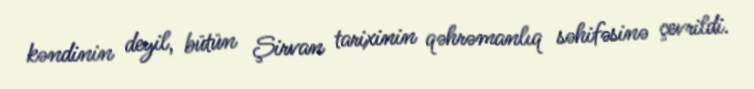
kəndinin deyil, bütün Şirvan tarixinin qəhrəmanlıq səhifəsinə çevrildi.